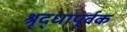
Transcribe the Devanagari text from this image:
श्रृद्धापूर्वक